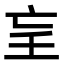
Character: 𡔞